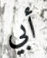
أبي